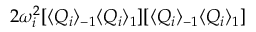
2 \omega _ { i } ^ { 2 } [ \langle Q _ { i } \rangle _ { - 1 } \langle Q _ { i } \rangle _ { 1 } ] [ \langle Q _ { i } \rangle _ { - 1 } \langle Q _ { i } \rangle _ { 1 } ]